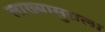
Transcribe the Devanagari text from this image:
लाख्यासुराला